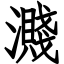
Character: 濺